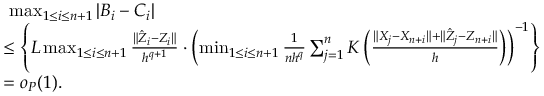
\begin{array} { r l } { \ } & { \ \operatorname* { m a x } _ { 1 \leq i \leq n + 1 } | B _ { i } - C _ { i } | } \\ & { \leq \left\{ L \operatorname* { m a x } _ { 1 \leq i \leq n + 1 } \frac { \| \hat { Z } _ { i } - Z _ { i } \| } { h ^ { q + 1 } } \cdot \left( \operatorname* { m i n } _ { 1 \leq i \leq n + 1 } \frac { 1 } { n h ^ { q } } \sum _ { j = 1 } ^ { n } K \left( \frac { \| X _ { j } - X _ { n + i } \| + \| \hat { Z } _ { j } - Z _ { n + i } \| } { h } \right) \right) ^ { - 1 } \right\} } \\ & { = o _ { P } ( 1 ) . } \end{array}